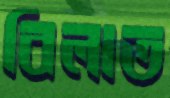
বিলাত